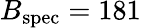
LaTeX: B_{\mathrm{spec}}=181